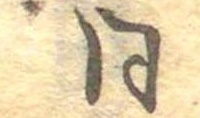
同